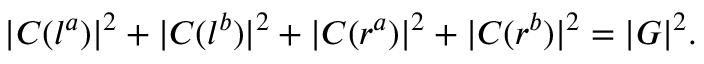
| C ( l ^ { a } ) | ^ { 2 } + | C ( l ^ { b } ) | ^ { 2 } + | C ( r ^ { a } ) | ^ { 2 } + | C ( r ^ { b } ) | ^ { 2 } = | G | ^ { 2 } .